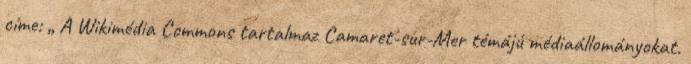
címe: „ A Wikimédia Commons tartalmaz Camaret-sur-Mer témájú médiaállományokat.